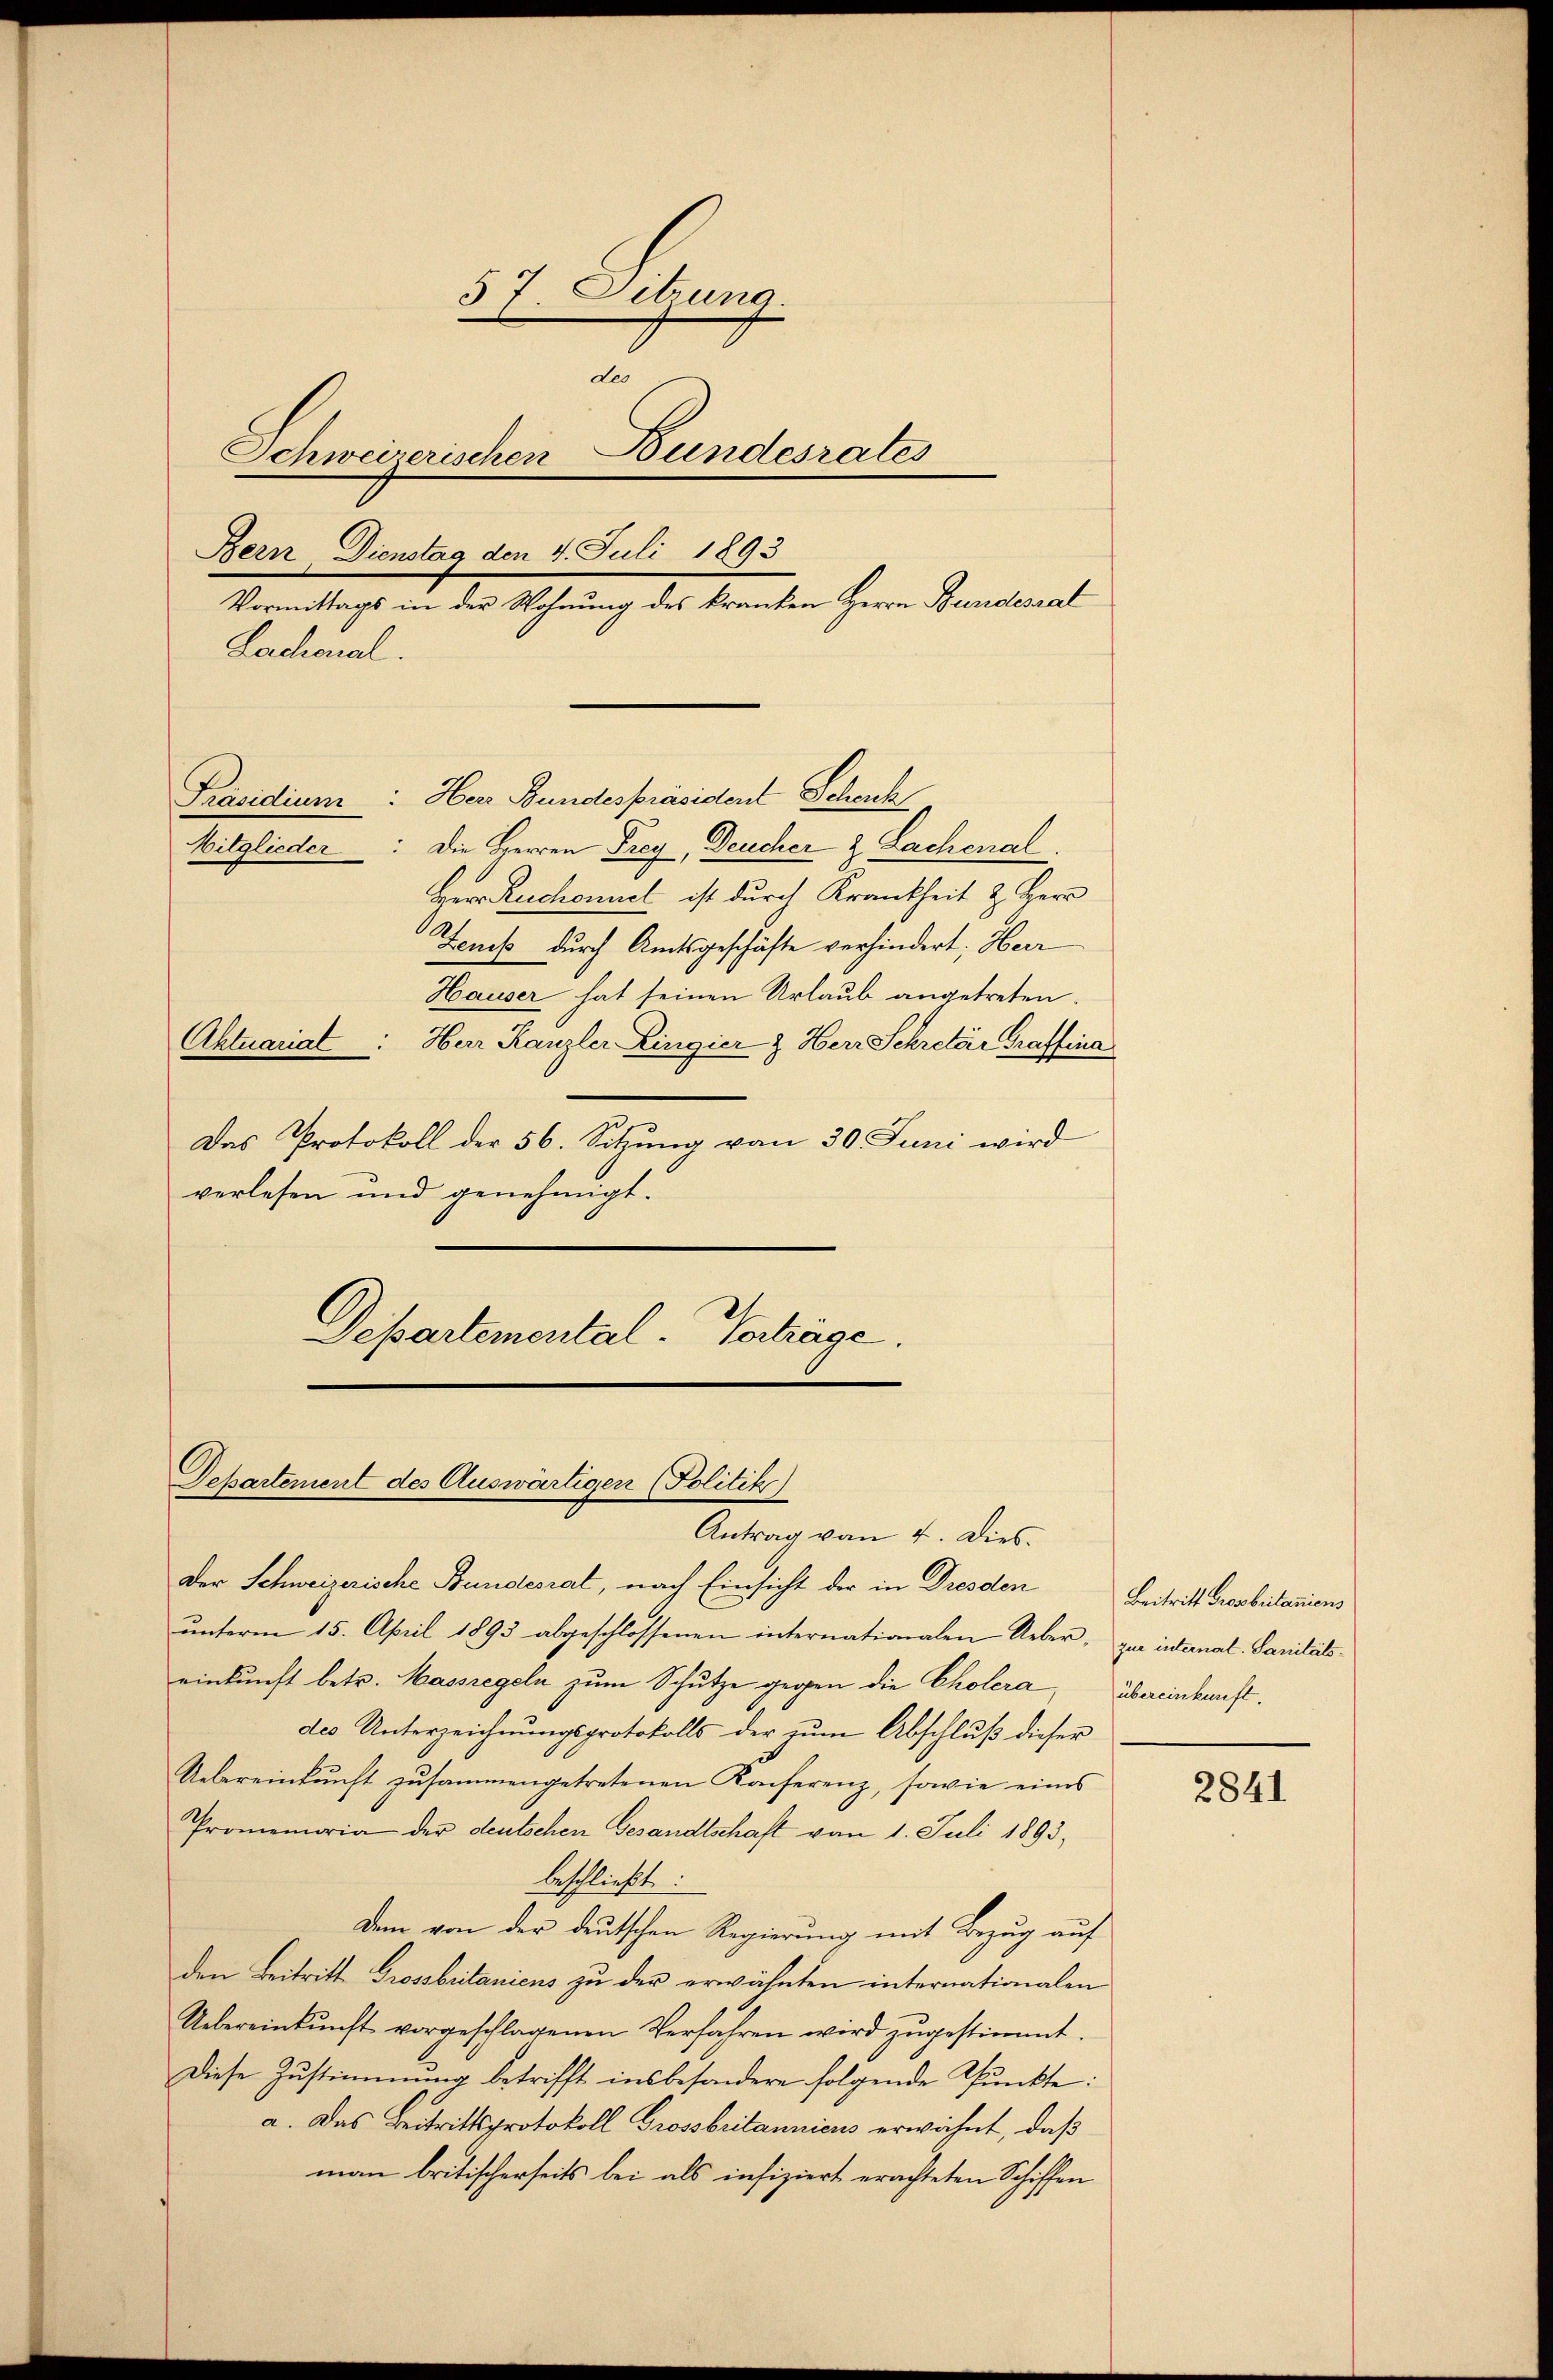
57. Sitzung.
des
Schweizerischen Bundesrates
Bern, Dienstag den 4. Juli 1893
Vormittags in der Wohnung des kranken Herrn Bundesrat
Lachional.

Präsidium: Herr Bundespräsident Schenk
Mitglieder: Die Herren Frey, Deucher & Lachenal
Herr Ruchonnet ist durch Krankheit & Herr
Zenis durch Amtsgeschäfte verhindert, Herr
Hauser hat seinen Urlaub angetreten.
Aktuariat: Herr Kanzler Lingier & Herr Schretär Graffina
Das Protokoll der 56. Sitzung von 30. Juni wird
verlesen und genehmigt.
Departemental- Gechäge.

Departement des Auswärtigen (Politik)

Antrag von 4. Dies
Der Schweizerische Bundesrat, nach Einsicht der in Dresden
ŭnterm 15. April 1893 abgeschlossenen internationalen Ueber, zu danal- Sanitäts-
einkunft betr. Massregeln zum Schutze gegen die Cholera, übereinkunft.
des Unterzeichnungsprotokolls der zum Abschluß dieser
Uebereinkunft zusammengetretenen Konferenz, sowie eines
Promemoria der deutschen Gesandtschaft vom 1. Juli 1893,
beschließt:
Dem von der deutschen Regierung mit Bezug auf
den Beitritt Grossbritanicus zu der erwähnten internationalen
Uebereinkunft vorgeschlagenen Verfahren wird zugestimmt.
Diese Zustimmung betrifft insbesondere folgende Punkte:
a. Das Beitrittsprotokoll Grossbritannicus erwähnt, daß
man britischerseits bei als infiziert erachteten Schiffen

Beitritt Prosbritaniens

2841